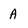
Character: A